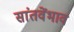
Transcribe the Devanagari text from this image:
सांतवेंभाव